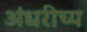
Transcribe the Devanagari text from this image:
अंधरीच्य